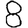
Digit: 8